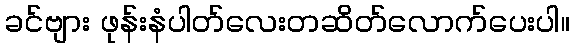
ခင်ဗျား ဖုန်းနံပါတ်လေးတဆိတ်လောက်ပေးပါ။